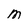
Character: M